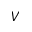
V